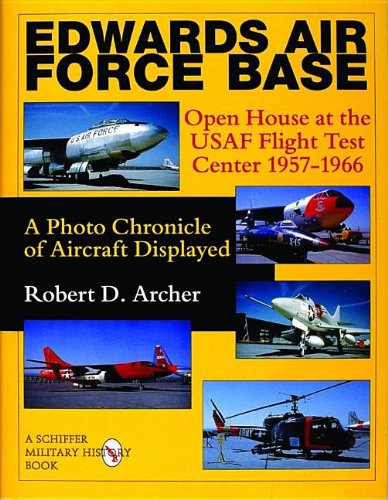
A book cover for Edwards Air Force Base: Open House at the USAF Flight Test Center 1957-1966: A Photo Chronicle of Aircraft Displayed (Schiffer Military History); Robert D. Archer; Arts & Photography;